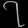
Digit: ၇